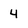
Character: 4